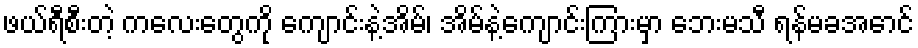
ဖယ်ရီစီးတဲ့ ကလေးတွေကို ကျောင်းနဲ့အိမ်၊ အိမ်နဲ့ကျောင်းကြားမှာ ဘေးမသီ ရန်မခအောင်